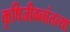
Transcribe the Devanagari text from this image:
कृषिजीवनांतल्या